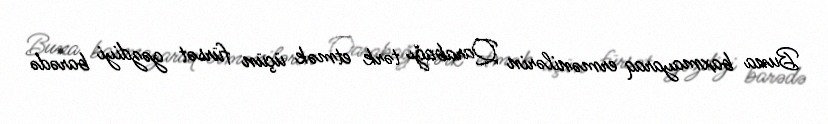
Buna baxmayaraq ermənilərin Qarabağı tərk etmək üçün fürsət gəzdiyi barədə